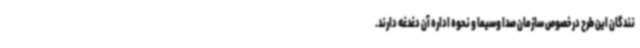
نندگان این طرح درخصوص سازمان صدا وسیما و نحوه اداره آن دغدغه دارند.